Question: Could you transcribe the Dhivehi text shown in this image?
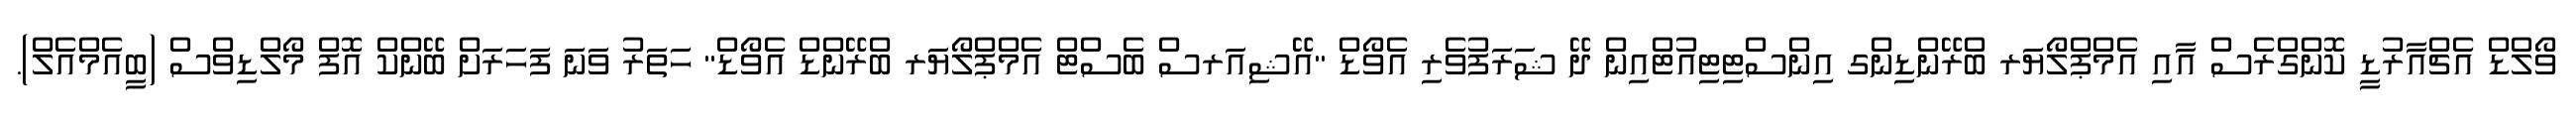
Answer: ވޯލްޑް އެޗްއާރުޑީ ކޮންގްރެސް އާއި އެމްޕްލޯޔަރ ބްރޭންޑިންގ އިންސްޓިޓިއުޓްއިން ދޭ ޝަރަފުވެރި އެވޯޑް "އޭޝިއަރސް ބެސްޓް އެމްޕްލޯޔަރ ބްރޭންޑް އެވޯޑް" ހަތަރު ވަނަ ފަހަރަށް ބޭންކް އޮފް މޯލްޑިވްސް (ބީއެމްއެލް).